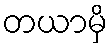
တယာမှိ